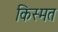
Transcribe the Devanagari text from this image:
किस्‍मत